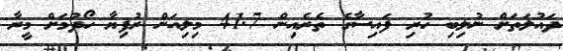
ދައުލަތަށް ނުލިބި ހުރި ފައިސާގެ ތެރެއިން 41.7 މިލިއަން ރުފިޔާ ހޯދުމަށް މީރާ